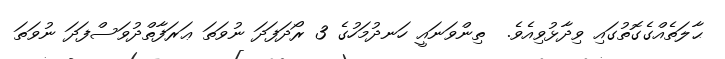
ޙާލަތެއްގެގޮތުގައި ވިދާޅުވިއެވެ.  ތިންވަނައީ ހަނދުމަހުގެ 3 ރޯދަފަދަ ނުވަތަ ޢަރަފާތްދުވަސްފަދަ ނުވަތަ